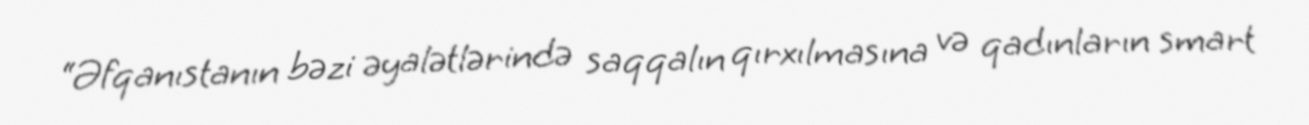
“Əfqanıstanın bəzi əyalətlərində saqqalın qırxılmasına və qadınların smart